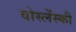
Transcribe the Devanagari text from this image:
वोस्लेंस्की